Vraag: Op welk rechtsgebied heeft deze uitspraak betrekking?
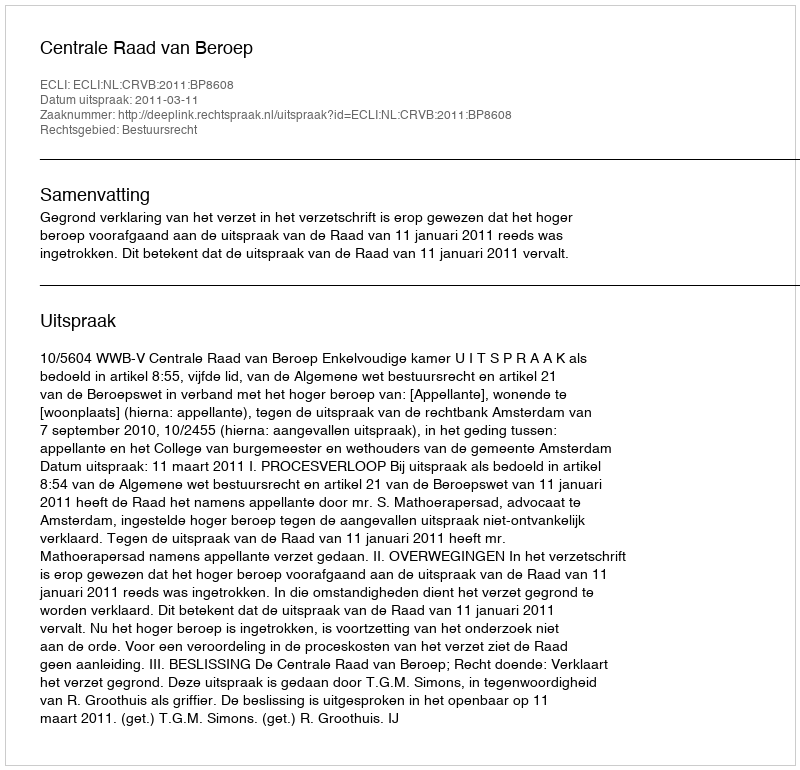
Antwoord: Bestuursrecht